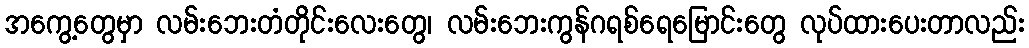
အကွေ့တွေမှာ လမ်းဘေးတံတိုင်းလေးတွေ၊ လမ်းဘေးကွန်ဂရစ်ရေမြောင်းတွေ လုပ်ထားပေးတာလည်း